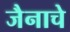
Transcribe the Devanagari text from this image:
जैनाचे